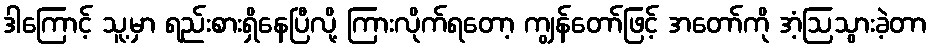
ဒါကြောင့် သူ့မှာ ရည်းစားရှိနေပြီလို့ ကြားလိုက်ရတော့ ကျွန်တော်ဖြင့် အတော်ကို အံ့ဩသွားခဲ့တာ